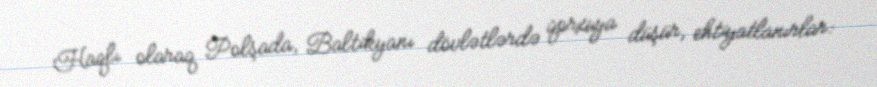
Haqlı olaraq Polşada, Baltikyanı dövlətlərdə qorxuya düşür, ehtiyatlanırlar: